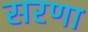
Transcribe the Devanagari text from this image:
सरणा